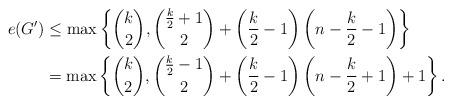
LaTeX: \begin{align*}e(G')&\leq \max\left\{\binom{k}{2},\binom{\frac{k}{2}+1}{2}+\left(\frac{k}{2}-1\right)\left(n-\frac{k}{2}-1\right)\right\}\\&=\max\left\{\binom{k}{2},\binom{\frac{k}{2}-1}{2}+\left(\frac{k}{2}-1\right)\left(n-\frac{k}{2}+1\right)+1\right\}.\end{align*}